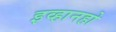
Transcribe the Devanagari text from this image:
इव्हानहो